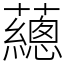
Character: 𧄉